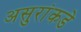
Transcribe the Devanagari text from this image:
असुरांकडे